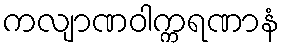
ကလျာဏဝါက္ကရဏာနံ